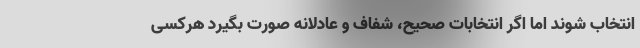
انتخاب شوند اما اگر انتخابات صحیح، شفاف و عادلانه صورت بگیرد هرکسی